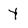
Character: Y